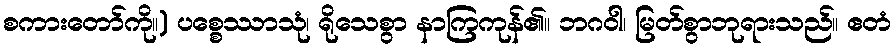
စကားတော်ကို။) ပစ္စေဿာသုံ၊ ရိုသေစွာ နာကြကုန်၏။ ဘဂဝါ၊ မြတ်စွာဘုရားသည်။ ဧတံ